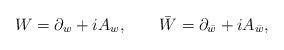
LaTeX: \begin{align*}W=\partial_w+iA_w, \qquad \bar W=\partial_{\bar w}+iA_{\bar w},\end{align*}